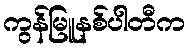
ကွန်မြူနစ်ပါတီက